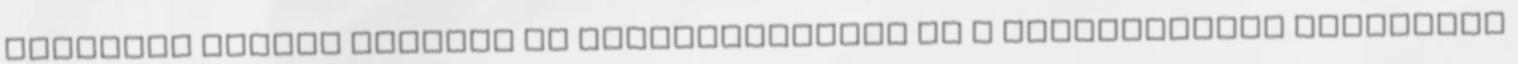
Ismételt szauna terápia az érelmeszesedés és a szabadgyökök képződése